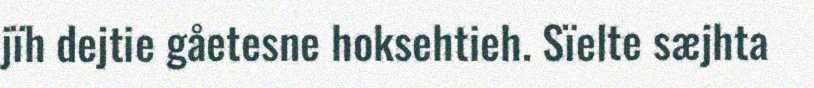
jïh dejtie gåetesne hoksehtieh. Sïelte sæjhta